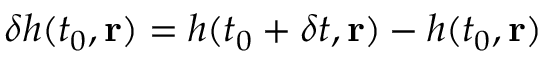
\delta h ( t _ { 0 } , \mathbf { r } ) = h ( t _ { 0 } + \delta t , \mathbf { r } ) - h ( t _ { 0 } , \mathbf { r } )